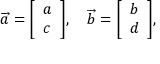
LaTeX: { \overrightarrow { a } } = { \left[ \begin{array} { l } { a } \\ { c } \end{array} \right] } , \quad { \overrightarrow { b } } = { \left[ \begin{array} { l } { b } \\ { d } \end{array} \right] } ,